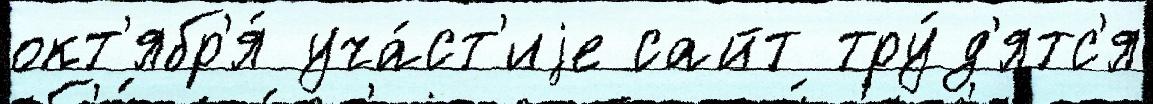
окт'ябр'я́ уча́ст'иjе сайт тру́д'ятс'я